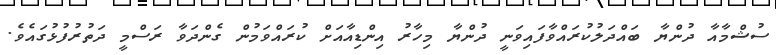
ސުޝްމާއާ ދުންޔާ ބައްދަލުކުރައްވާފައިވަނީ ދުންޔާ މިހާރު އިންޑިއާއަށް ކުރައްވަމުން ގެންދަވާ ރަސްމީ ދަތުރުފުޅުގައެވެ.